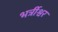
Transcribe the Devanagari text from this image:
भर्त्रीश्वर